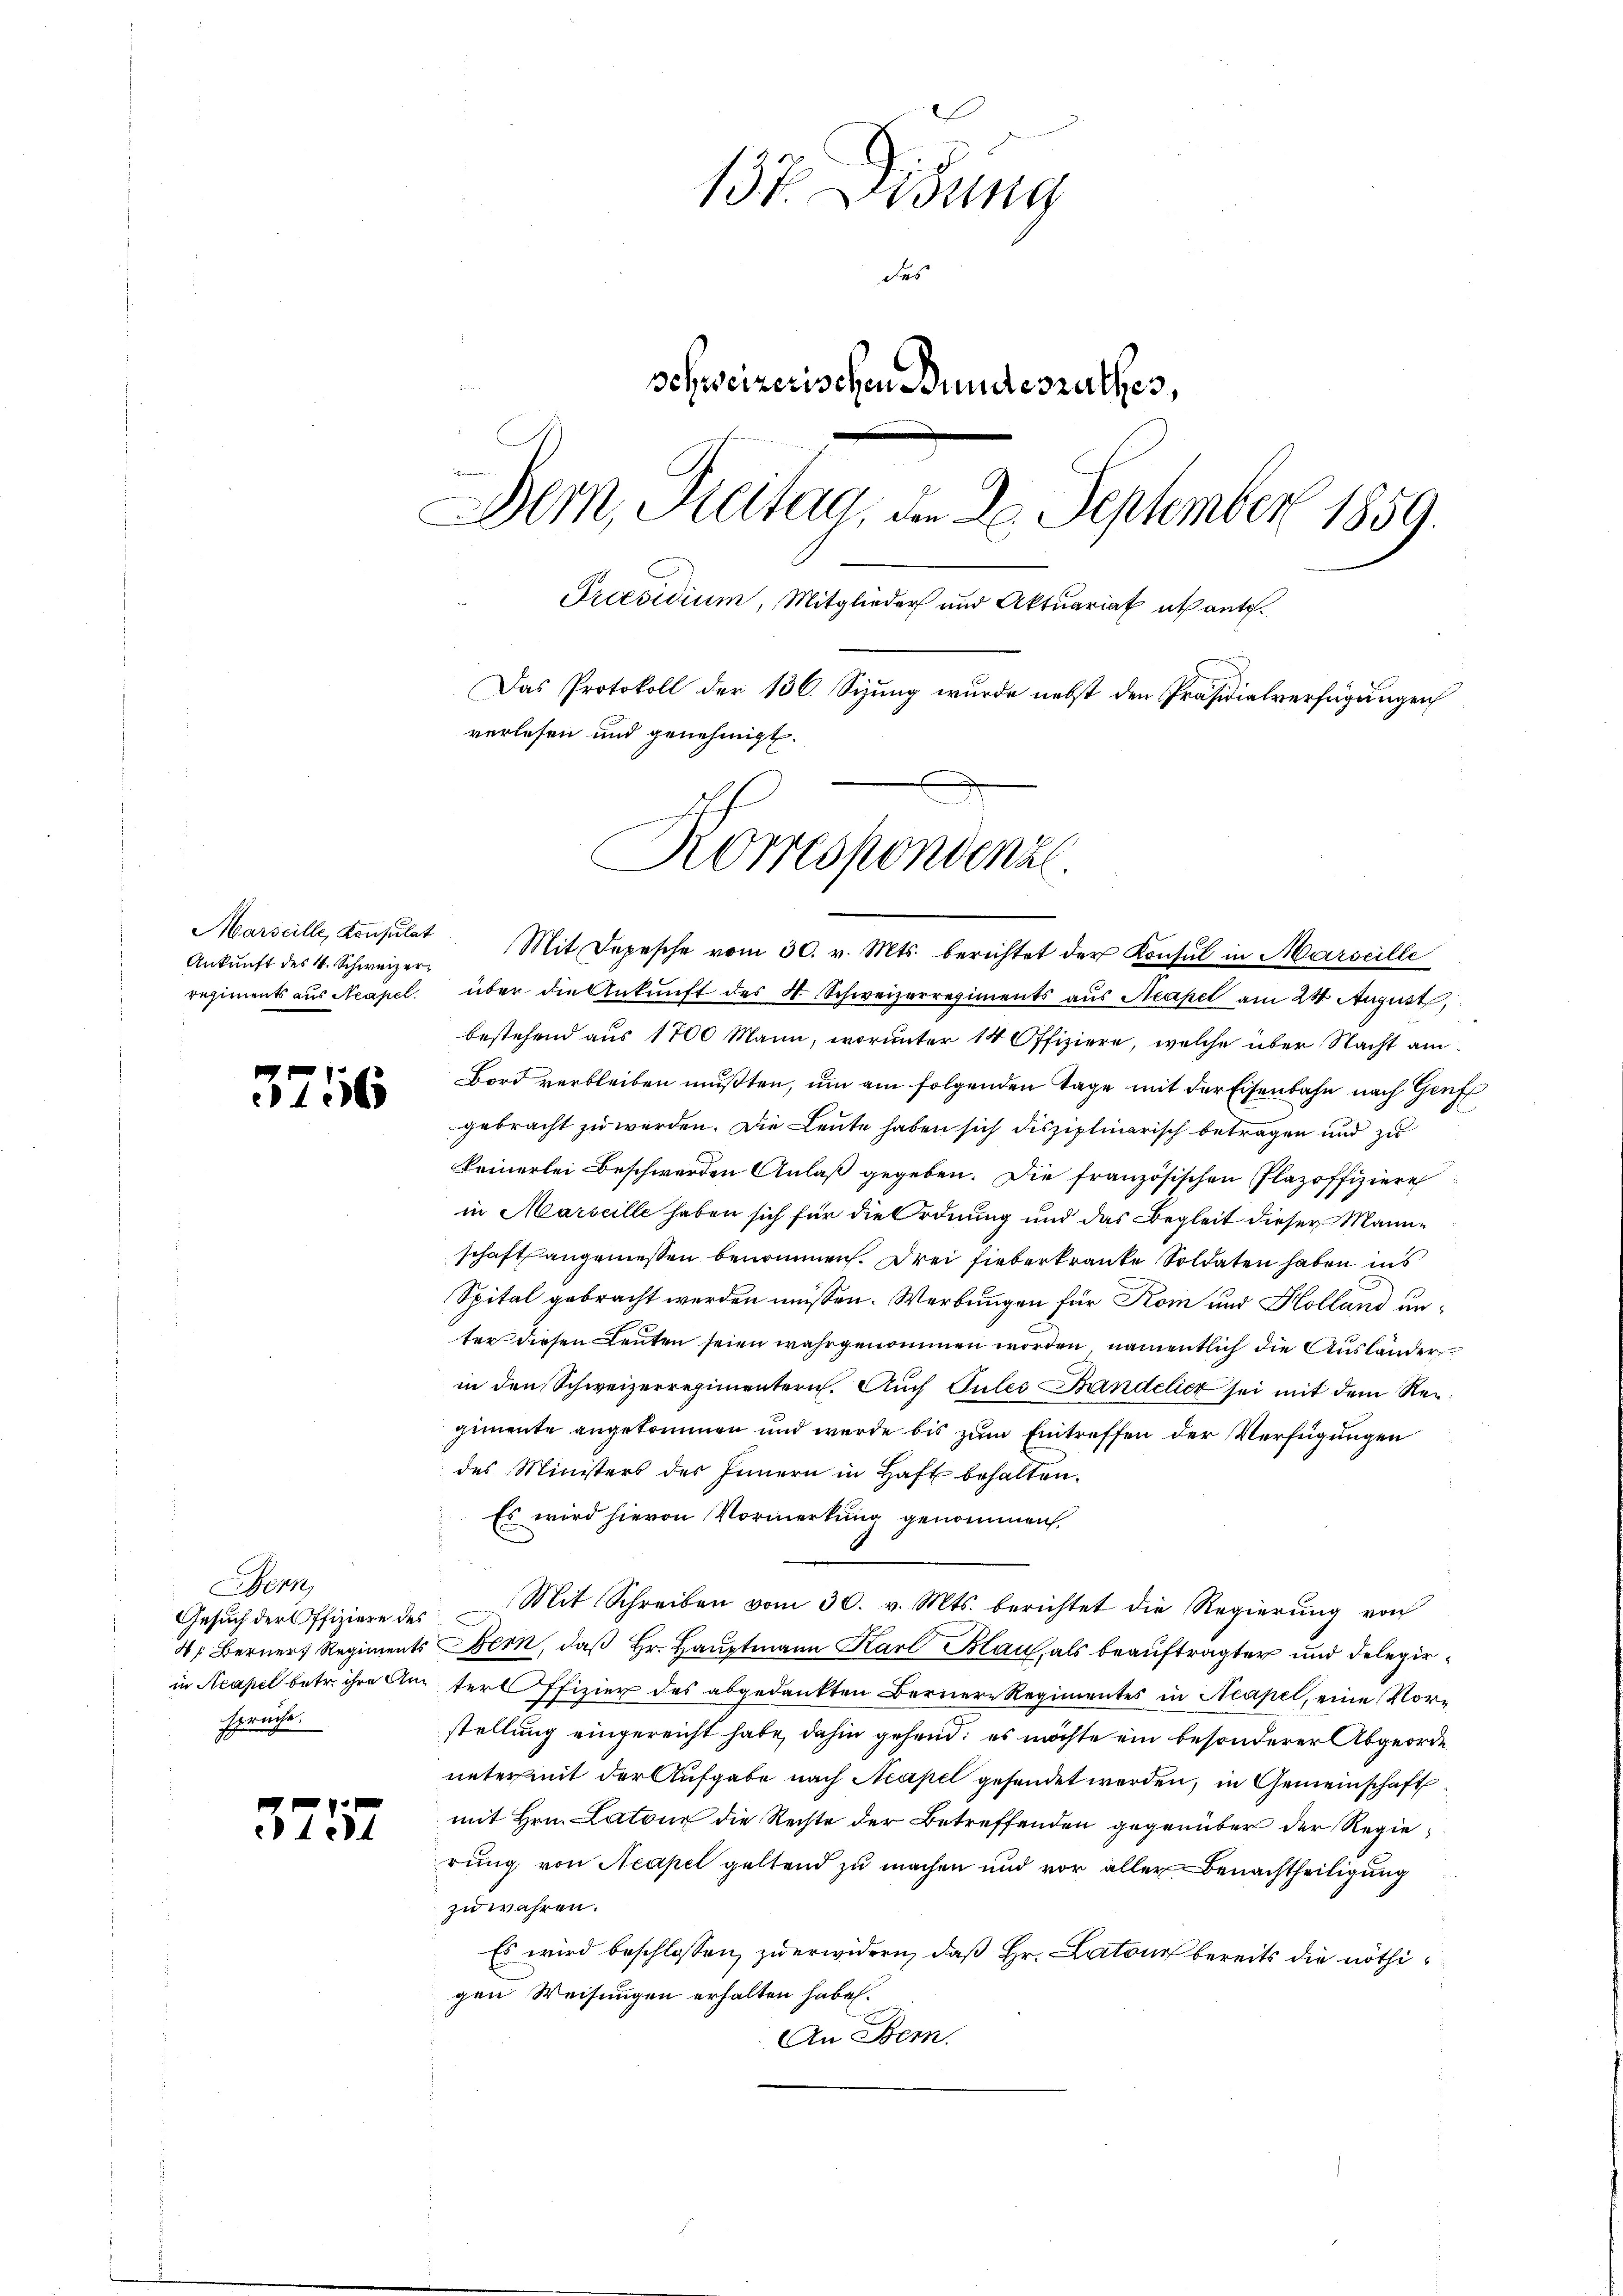
Marseille, Konsulat
Ankunft des 4. Schweizer

3756

Bern,
Gesuch der Offiziere des
sprache.

375

137. Disung
des
schweizerischen Bundesrathes,
Der, Reitag, der 20. September 1859.
Praesidium, Mitglieder und Aktuariat abante.
Das Protokoll der 136. Sizung wurde nebst den Präsidialverfügungen
verlesen und genehmigt.
Korrespondenzl

Mit Depesche vom 30. v. Mts. berichtet der Konsul in Marseille
regiments aus Neapel. über die Ankunft des 4. Schweizerregiments aus Neapel am 24 August,
bestehend aus 1700 Mann, worunter 14 Offiziere, welche über Nacht am
Bord verbleiben mußten, um am folgenden Tage mit der Eisenbahn nach Genf
gebracht zu werden. Die Leute haben sich disziplinarisch betragen und zu
keinerlei Beschwerden Anlaß gegeben. Die französischen Flazoffiziere
in Marseille haben sich für die Ordnung und das Begleit dieser Manne
schaft angemessen benommen. Drei Fieberkraute Soldaten haben ins
Spital gebracht werden müssen. Werbungen für Kom und Kolland unter diesen Leuten seien wahrgenommen worden, namentlich die Ausländer
in den Schweizerregimentern. Auch Pules Bandelicz sei mit dem Neugimente angekommen und wurde bis zum Eintreffen der Verfügungen
des Ministers des Innern in Haft behalten.
Es wird hievon Vormerkung genommen,
Mit Schreiben vom 30. v. Mts. berichtet die Regierŭng von
4: Berner Regiments Bern, daß Hr. Hauptmann Karl Blau, als beauftragter und delegirin Acapel betr. ihre Anterl ffizier des abgedankten Bernere Regimentes in Neapel, eine Vor-
stellung eingereicht habe, dahin gehend; es möchte ein besonderer Abgeorde
unter mit der Aufgabe nach Neapel gesendet werden, in Gemeinschaft
mit Hrn. Catoir die Rechte der Betreffenden gegenüber der Regierung von Neapel geltend zu machen und vor aller Benachtheiligung
zu währen.
Es wird beschlossen, zu erwidern, daß Hr. Latone bereits die nöthigen Weisungen erhalten habe.
An Bern.